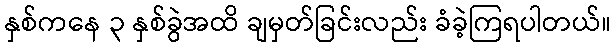
နှစ်ကနေ ၃ နှစ်ခွဲအထိ ချမှတ်ခြင်းလည်း ခံခဲ့ကြရပါတယ်။